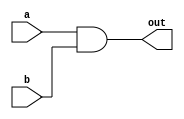
module AND(a, b, out);
input a, b;
output out;

assign out = a & b;

endmodule

module DFF(clk, d, q, q_bar);
input clk, d;
output q, q_bar;

reg q, q_bar;

always @(posedge clk)
begin
  q <= d;
  q_bar <= ~d;
end

endmodule


module debounce(clk, D, SYNCPRESS);
input clk, D;
output SYNCPRESS;

DFF flop1(clk, D, flop1_Q, unused1);
DFF flop2(clk, flop1_Q, SYNCPRESS, unused2);

endmodule


module single_pulse(clk, press, SP);
input clk, press;
output SP;

debounce debouncer(clk, press, sync_press);
DFF flip_flop(clk, sync_press, unused, q_bar);
AND and_gate(sync_press, q_bar, SP);

endmodule